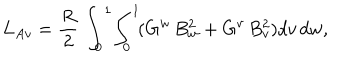
LaTeX: L _ { A v } = \frac { R } { 2 } \, \int _ { 0 } ^ { 1 } \! \int _ { 0 } ^ { 1 } \! ( G ^ { w } \, B _ { w } ^ { 2 } + G ^ { v } \, B _ { v } ^ { 2 } ) d v \, d w ,